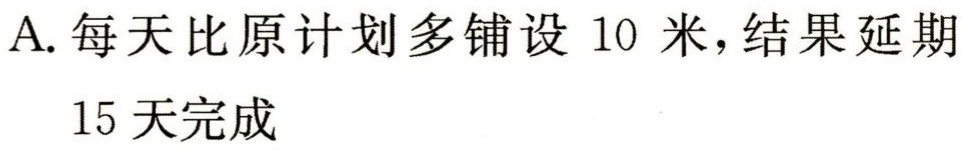
A. 每天比原计划多铺设 10 米，结果延期

15 天完成